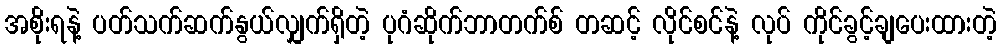
အစိုးရနဲ့ ပတ်သက်ဆက်နွယ်လျှက်ရှိတဲ့ ပုဂံဆိုက်ဘာတက်စ် တဆင့် လိုင်စင်နဲ့ လုပ် ကိုင်ခွင့်ချပေးထားတဲ့